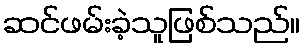
ဆင်ဖမ်းခဲ့သူဖြစ်သည်။